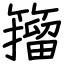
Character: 籀